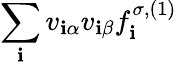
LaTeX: \sum_{\mathbf{i}}v_{\mathbf{i}\alpha}v_{\mathbf{i}\beta}f_{\mathbf{i}}^{\sigma,(1)}